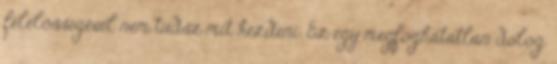
felelősségével nem tudsz mit kezdeni. Ez egy megfoghatatlan dolog.